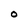
Character: O